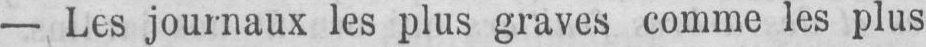
- Les journaux les plus graves comme les plus